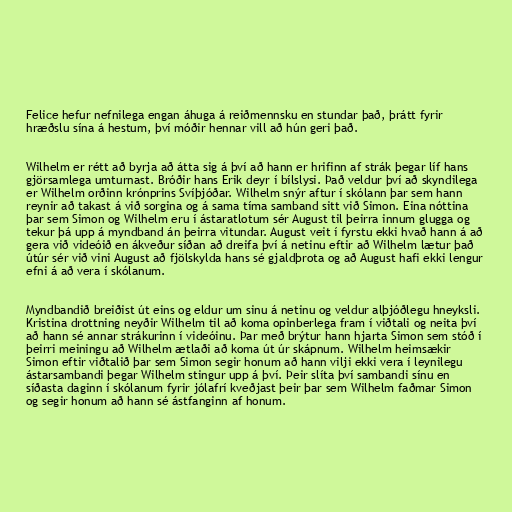
Felice hefur nefnilega engan áhuga á reiðmennsku en stundar það, þrátt fyrir
hræðslu sína á hestum, því móðir hennar vill að hún geri það.

Wilhelm er rétt að byrja að átta sig á því að hann er hrifinn af strák þegar líf hans
gjörsamlega umturnast. Bróðir hans Erik deyr í bílslysi. Það veldur því að skyndilega
er Wilhelm orðinn krónprins Svíþjóðar. Wilhelm snýr aftur í skólann þar sem hann
reynir að takast á við sorgina og á sama tíma samband sitt við Simon. Eina nóttina
þar sem Simon og Wilhelm eru í ástaratlotum sér August til þeirra innum glugga og
tekur þá upp á myndband án þeirra vitundar. August veit í fyrstu ekki hvað hann á að
gera við videóið en ákveður síðan að dreifa því á netinu eftir að Wilhelm lætur það
útúr sér við vini August að fjölskylda hans sé gjaldþrota og að August hafi ekki lengur
efni á að vera í skólanum.

Myndbandið breiðist út eins og eldur um sinu á netinu og veldur alþjóðlegu hneyksli.
Kristina drottning neyðir Wilhelm til að koma opinberlega fram í viðtali og neita því
að hann sé annar strákurinn í videóinu. Þar með brýtur hann hjarta Simon sem stóð í
þeirri meiningu að Wilhelm ætlaði að koma út úr skápnum. Wilhelm heimsækir
Simon eftir viðtalið þar sem Simon segir honum að hann vilji ekki vera í leynilegu
ástarsambandi þegar Wilhelm stingur upp á því. Þeir slíta því sambandi sínu en
síðasta daginn í skólanum fyrir jólafrí kveðjast þeir þar sem Wilhelm faðmar Simon
og segir honum að hann sé ástfanginn af honum.